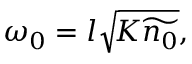
\omega _ { 0 } = l \sqrt { \! K \widetilde { n _ { 0 } } } ,